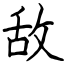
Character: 敌